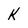
Character: K